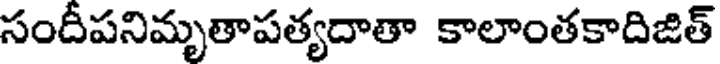
సందీపనిమృతాపత్యదాతా కాలాంతకాదిజిత్